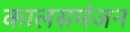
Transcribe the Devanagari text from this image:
कालसमंजन